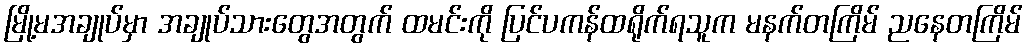
မြို့မအချုပ်မှာ အချုပ်သားတွေအတွက် ထမင်းကို ပြင်ပကန်ထရိုက်ရသူက မနက်တကြိမ် ညနေတကြိမ်